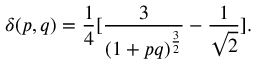
\delta ( p , q ) = { \frac { 1 } { 4 } } [ { \frac { 3 } { ( 1 + p q ) ^ { \frac { 3 } { 2 } } } } - { \frac { 1 } { \sqrt 2 } } ] .